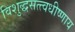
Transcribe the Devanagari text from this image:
विशुद्धसत्त्वधीष्णाय